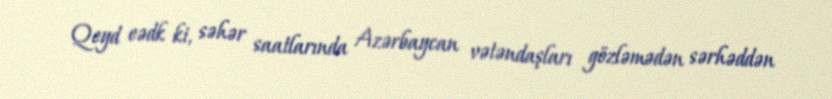
Qeyd eədk ki, səhər saatlarında Azərbaycan vətəndaşları gözləmədən sərhəddən